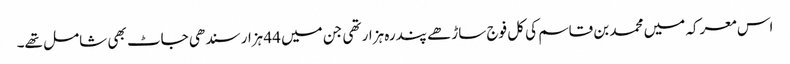
اس معرکہ میں محمد بن قاسم کی کل فوج ساڑھے پندرہ ہزار تھی جن میں 44 ہزار سندھی جاٹ بھی شامل تھے۔